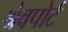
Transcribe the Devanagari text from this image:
श्रेवपोर्ट